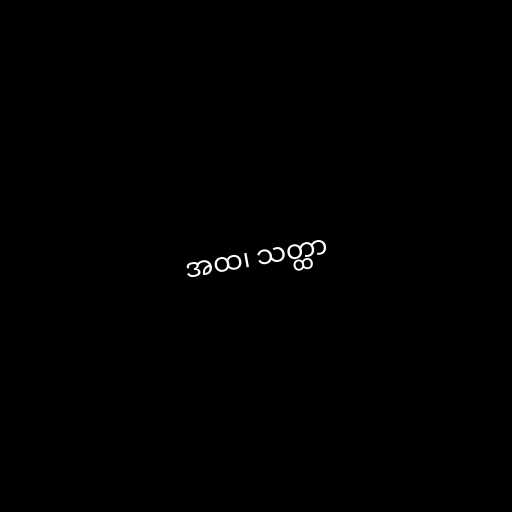
အထ၊ သတ္ထာ